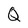
Character: Q